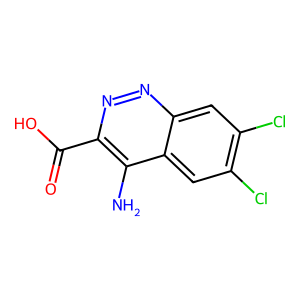
SMILES: Nc1c(C(=O)O)nnc2cc(Cl)c(Cl)cc12
Inhibits HIV replication: No